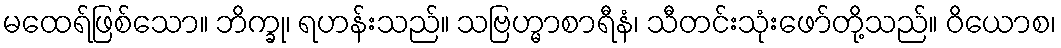
မထေရ်ဖြစ်သော။ ဘိက္ခု၊ ရဟန်းသည်။ သဗြဟ္မာစာရီနံ၊ သီတင်းသုံးဖော်တို့သည်။ ဝိယောစ၊